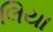
લિયા